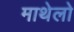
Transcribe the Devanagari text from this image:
माथेलो